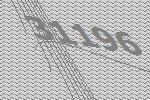
31196